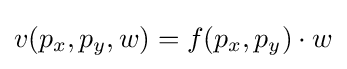
v(p_{x},p_{y},w)=f(p_{x},p_{y})\cdot w